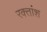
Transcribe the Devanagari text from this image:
रक्‍तांश